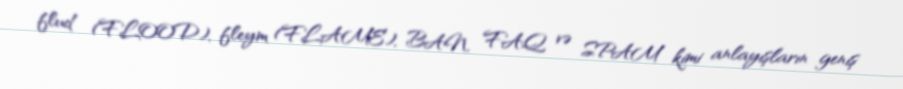
flud (FLOOD), fleym (FLAME), BAN, FAQ və SPAM kimi anlayışların geniş